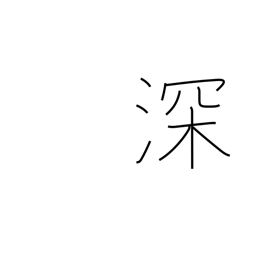
Meaning: strengthen